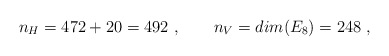
\begin{align*}n_H= 472 + 20 = 492\ , \qquad n_V=dim(E_8)=248\ ,\end{align*}